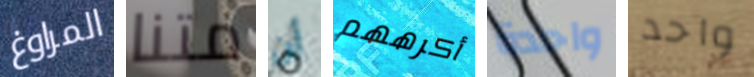
المراوغ متنا أن أكرههم واحدة واحد